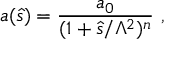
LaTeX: a ( \hat { s } ) = { \frac { a _ { 0 } } { ( 1 + \hat { s } / \Lambda ^ { 2 } ) ^ { n } } } ~ ,